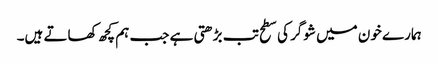
ہمارے خون میں شوگر کی سطح تب بڑھتی ہے جب ہم کچھ کھاتے ہیں۔